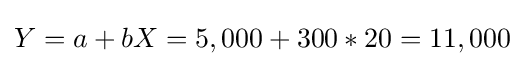
Y=a+bX=5,000+300*20=11,000